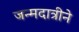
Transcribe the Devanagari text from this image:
जन्मदात्रीने